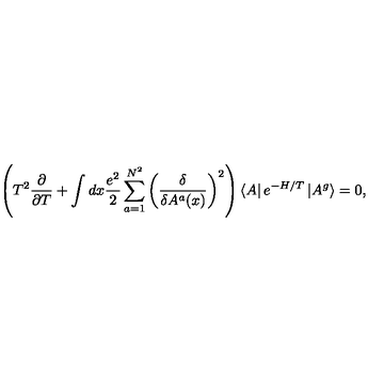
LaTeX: \left( T ^ { 2 } \frac { \partial } { \partial T } + \int d x \frac { e ^ { 2 } } { 2 } \sum _ { a = 1 } ^ { N ^ { 2 } } \left( \frac { \delta } { \delta A ^ { a } ( x ) } \right) ^ { 2 } \right) \left< A \right| e ^ { - H / T } \left| A ^ { g } \right> = 0 ,